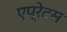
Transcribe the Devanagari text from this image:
एप्रेटस